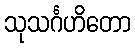
သုသင်္ဂဟိတော